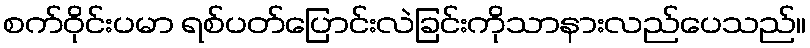
စက်ဝိုင်းပမာ ရစ်ပတ်ပြောင်းလဲခြင်းကိုသာနားလည်ပေသည်။